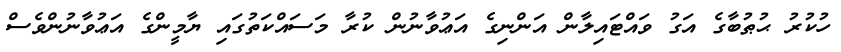
ހުކުރު ޙުޠުބާގެ އަގު ވައްޓައިލާން އަންނިގެ އަޢުވާނުން ކުރާ މަސައްކަތުގައި ޔާމީންގެ އަޢުވާނުންވެސް